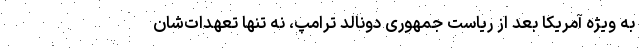
به ویژه آمریکا بعد از ریاست جمهوری دونالد ترامپ، نه تنها تعهدات‌شان